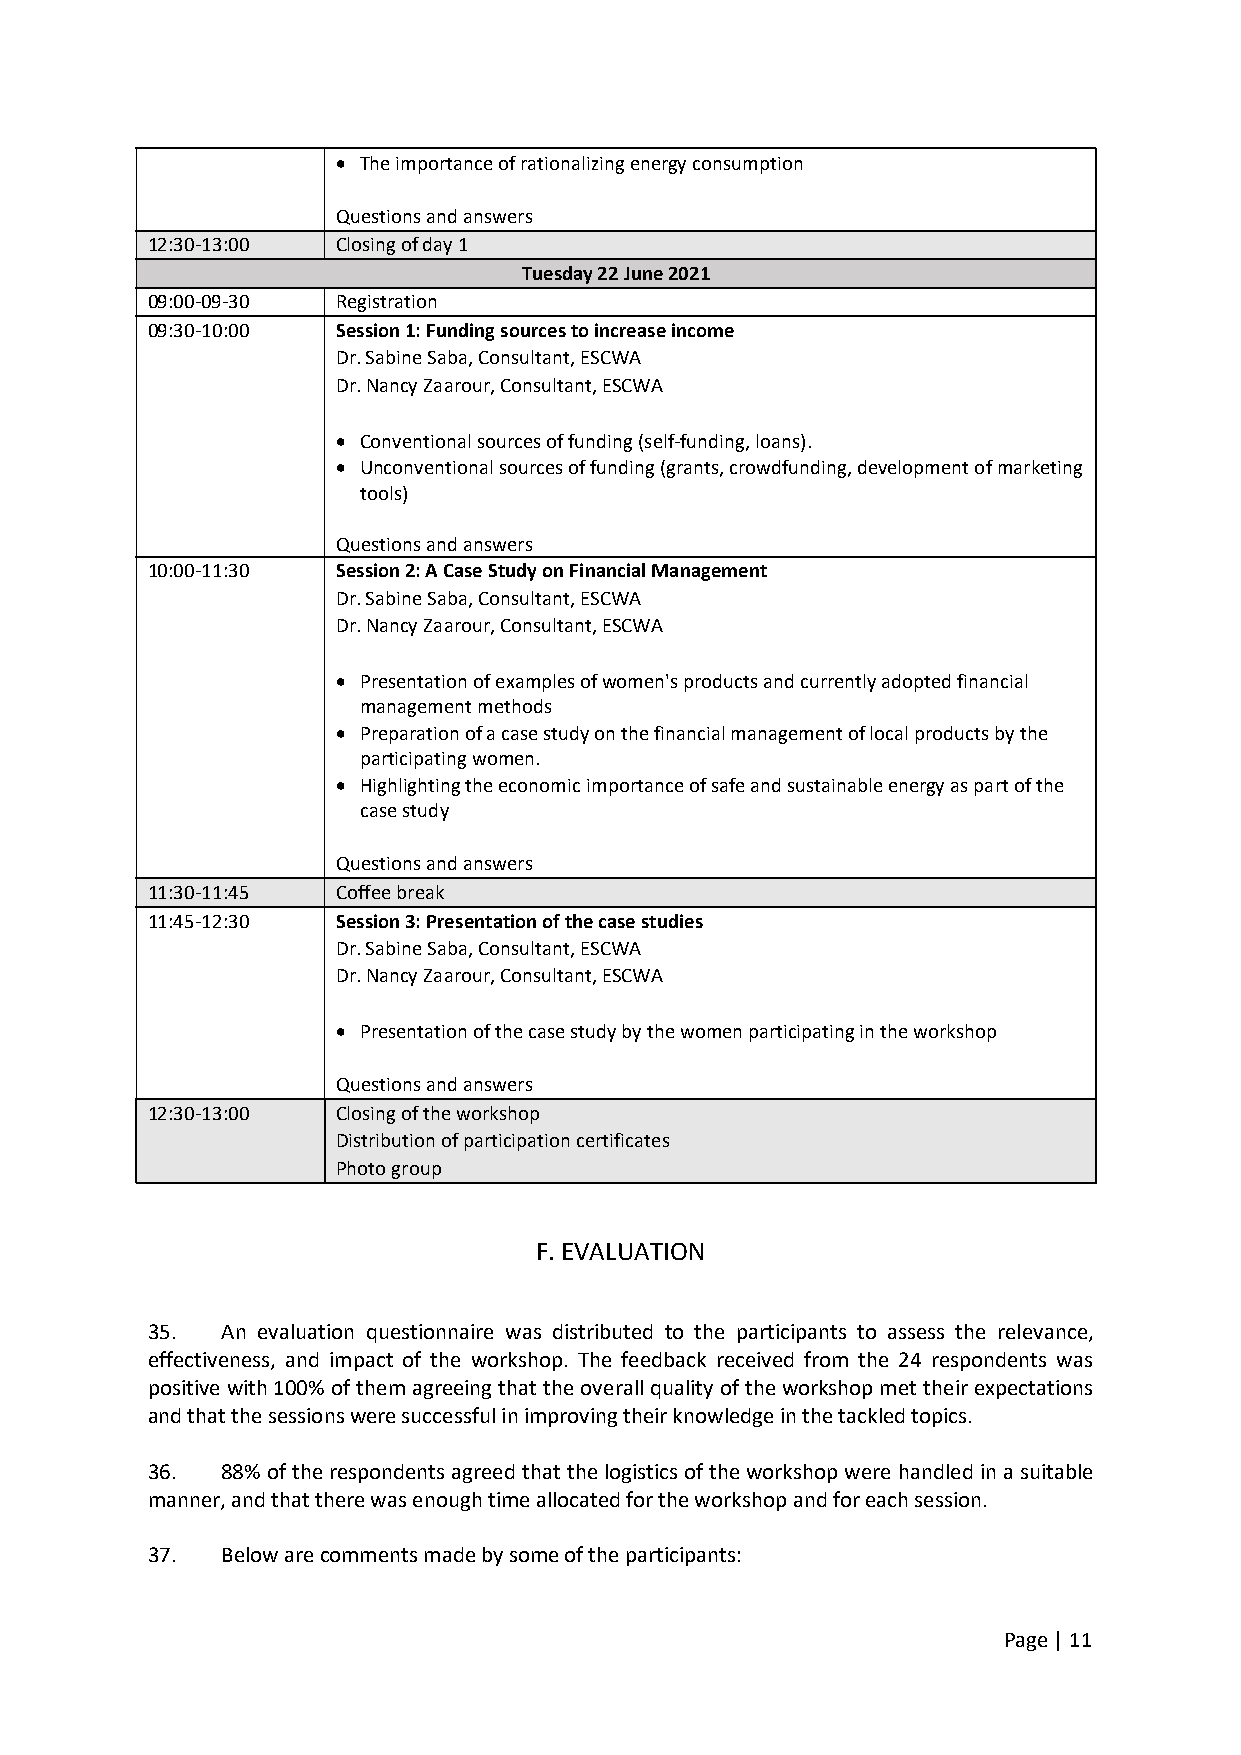
 The importance of rationalizing energy consumption
 Questions and answers
 12:30-13:00 Closing of day 1
 Tuesday 22 June 2021
 09:00-09-30 Registration
 09:30-10:00 Session 1: Funding sources to increase income
 Dr. Sabine Saba, Consultant, ESCWA
 Dr. Nancy Zaarour, Consultant, ESCWA
  Conventional sources of funding (self-funding, loans).
  Unconventional sources of funding (grants, crowdfunding, development of marketing
 tools)
 Questions and answers
 10:00-11:30 Session 2: A Case Study on Financial Management
 Dr. Sabine Saba, Consultant, ESCWA
 Dr. Nancy Zaarour, Consultant, ESCWA
  Presentation of examples of women's products and currently adopted financial
 management methods
  Preparation of a case study on the financial management of local products by the
 participating women.
  Highlighting the economic importance of safe and sustainable energy as part of the
 case study
 Questions and answers
 11:30-11:45 Coffee break
 11:45-12:30 Session 3: Presentation of the case studies
 Dr. Sabine Saba, Consultant, ESCWA
 Dr. Nancy Zaarour, Consultant, ESCWA
  Presentation of the case study by the women participating in the workshop
 Questions and answers
 12:30-13:00 Closing of the workshop
 Distribution of participation certificates
 Photo group
 F. EVALUATION
 35.  An evaluation questionnaire was distributed to the participants to assess the relevance,
 effectiveness, and impact of the workshop. The feedback received from the 24 respondents was
 positive with 100% of them agreeing that the overall quality of the workshop met their expectations
 and that the sessions were successful in improving their knowledge in the tackled topics.
 36.  88% of the respondents agreed that the logistics of the workshop were handled in a suitable
 manner, and that there was enough time allocated for the workshop and for each session.
 37.  Below are comments made by some of the participants:
 Page | 11